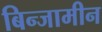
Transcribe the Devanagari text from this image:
बिन्जामीन